Vaccination Hyderabad 1890-1903 - 1890-1903
Year: 1890
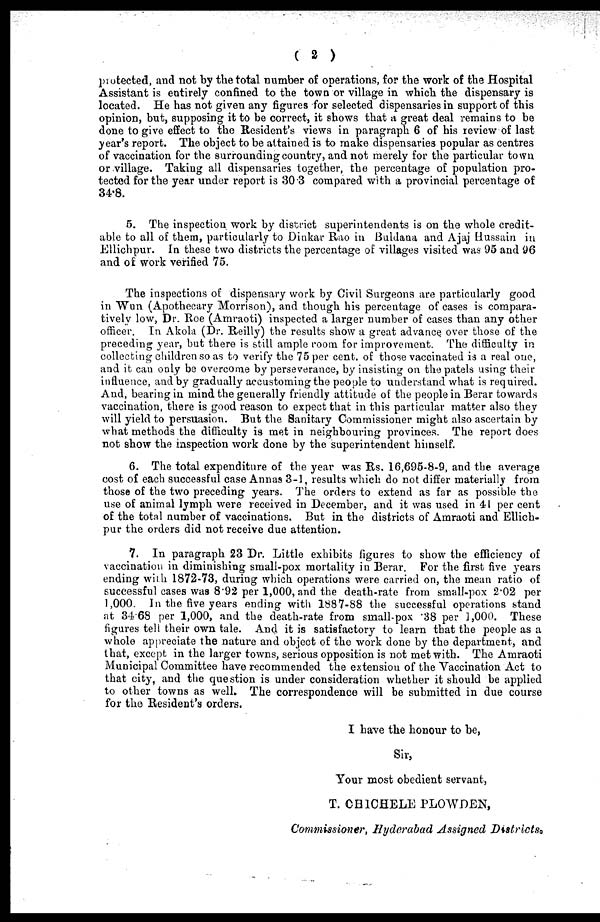
( 2 )
protected, and not by the total number of operations, for the work of the Hospital
Assistant is entirely confined to the town or village in which the dispensary is
located. He has not given any figures for selected dispensaries in support of this
opinion, but, supposing it to be correct, it shows that a great deal remains to be
done to give effect to the Resident's views in paragraph 6 of his review of last
year's report. The object to be attained is to make dispensaries popular as centres
of vaccination for the surrounding country, and not merely for the particular town
or village. Taking all dispensaries together, the percentage of population pro-
tected for the year under report is 30.3 compared with a provincial percentage of
34.8.
5. The inspection work by district superintendents is on the whole credit-
able to all of them, particularly to Diakar Rao in Buldana and Ajaj Hussain in
Ellichpur. In these two districts the percentage of villages visited was 95 and 96
and of work verified 75.
The inspections of dispensary work by Civil Surgeons are particularly good
in Wun (Apothecary Morrison), and though his percentage of cases is compara-
tively low, Dr. Roe (Amraoti) inspected a larger number of cases than any other
officer. In Akola (Dr. Reilly) the results show a great advance over those of the
preceding year, but there is still ample room for improvement. The difficulty in
collecting children so as to verify the 75 per cent. of those vaccinated is a real one,
and it can only be overcome by perseverance, by insisting on the patels using their
influence, and by gradually accustoming the people to understand what is required.
And, bearing in mind the generally friendly attitude of the people in Berar towards
vaccination, there is good reason to expect that in this particular matter also they
will yield to persuasion. But the Sanitary Commissioner might also ascertain by
what methods the difficulty is met in neighbouring provinces. The report does
not show the inspection work done by the superintendent himself.
6. The total expenditure of the year was Rs. 16,695-8-9, and the average
cost of each successful case Annas 3-1, results which do not differ materially from
those of the two preceding years. The orders to extend as far as possible the
use of animal lymph were received in December, and it was used in 41 per cent
of the total number of vaccinations. But in the districts of Amraoti and Ellich-
pur the orders did not receive due attention.
7. In paragraph 23 Dr. Little exhibits figures to show the efficiency of
vaccination in diminishing small-pox mortality in Berar. For the first five years
ending with 1872-73, during which operations were carried on, the mean ratio of
successful cases was 8.92 per 1,000, and the death-rate from small-pox 2.02 per
1,000. In the five years ending with 1887-88 the successful operations stand
at 34.68 per 1,000, and the death-rate from small-pox .38 per 1,000. These
figures tell their own tale. And it is satisfactory to learn that the people as a
whole appreciate the nature and object of the work done by the department, and
that, except in the larger towns, serious opposition is not met with. The Amraoti
Municipal Committee have recommended the extension of the Vaccination Act to
that city, and the question is under consideration whether it should be applied
to other towns as well. The correspondence will be submitted in due course
for the Resident's orders.
I have the honour to be,
Sir,
Your most obedient servant,
T. CHICHELE PLOWDEN,
Commissioner, Hyderabad Assigned Districts.